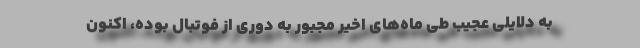
به دلایلی عجیب طی ماه‌های اخیر مجبور به دوری از فوتبال بوده، اکنون